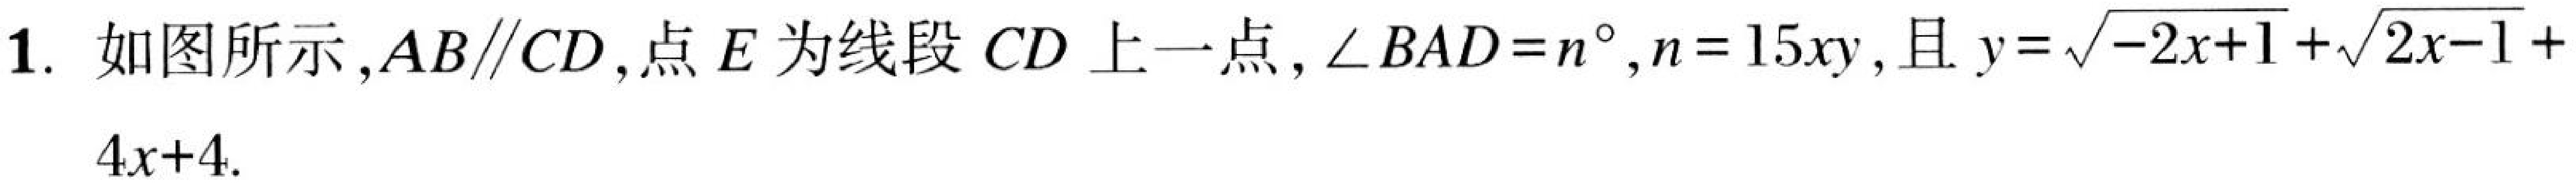
1. 如图所示,\(AB\parallel CD\),点\(E\)为线段\(CD\)上一点,\(\angle BAD = n^{\circ},n = 15xy\),且\(y=\sqrt{-2x + 1}+\sqrt{2x - 1}+4x + 4\).